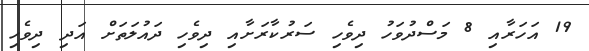
19 އަހަރާއި 8 މަސްދުވަހު ދިވެހި ސަރުކާރަށާއި ދިވެހި ދައުލަތަށް އަދި ދިވެހި